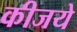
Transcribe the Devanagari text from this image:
कीजये